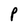
Character: P